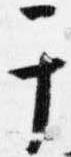
于